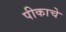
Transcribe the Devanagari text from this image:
पीकाचे